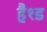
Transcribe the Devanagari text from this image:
हैश्ड